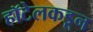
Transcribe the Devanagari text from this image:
हॉटेलकडून